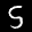
Label: 5